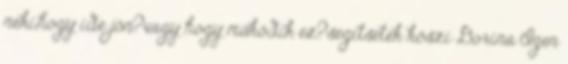
neki,hogy ide jön?vagy hogy működik ez?segítsetek köszi Dorina Igen